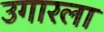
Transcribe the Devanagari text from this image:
उगारला